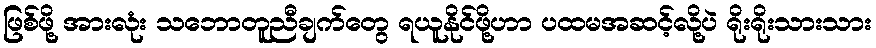
ဖြစ်ဖို့ အားလုံး သဘောတူညီချက်တွေ ရယူနိုင်ဖို့ဟာ ပထမအဆင့်လို့ပဲ ရိုးရိုးသားသား